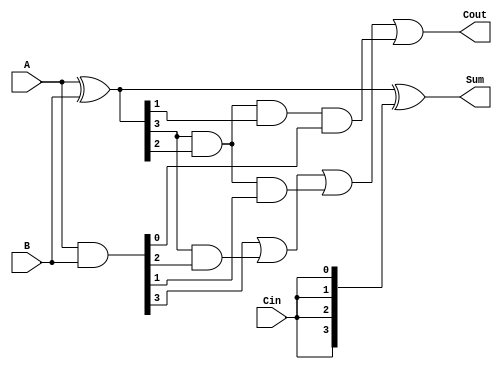
module RCA_4bit (
    input  [3:0] A,
    input  [3:0] B,
    input        Cin,
    output [3:0] Sum,
    output       Cout
);
    wire [3:0] P, G; // Propagate and Generate
    assign P = A ^ B; // Propagate
    assign G = A & B; // Generate

    assign Sum = P ^ {Cin, Cin, Cin, Cin}; // Sum computation
    assign Cout = G[3] | (P[3] & G[2]) | (P[3] & P[2] & G[1]) | (P[3] & P[2] & P[1] & G[0]); // Carry-out computation
endmodule